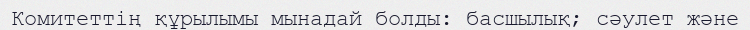
Комитеттің құрылымы мынадай болды: басшылық; сәулет және